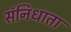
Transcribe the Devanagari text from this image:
संनिधाता